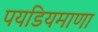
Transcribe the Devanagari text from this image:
पयडियमाणा